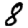
Digit: 8